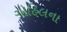
ગોહિલના